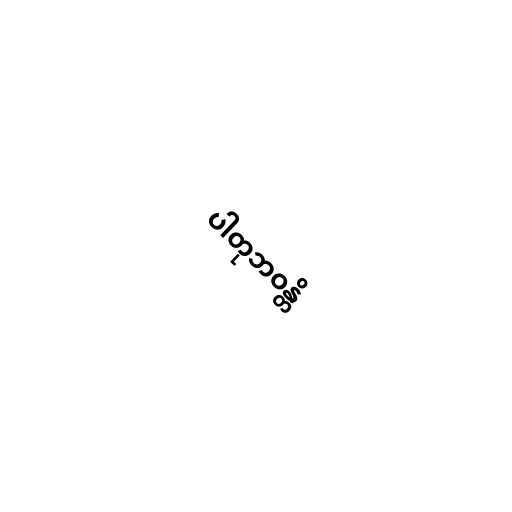
ပါတုဘဝန္တိ